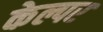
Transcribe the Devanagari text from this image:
केल्पर